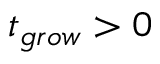
t _ { g r o w } > 0